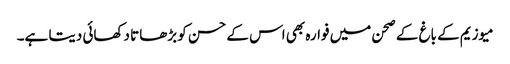
میوزیم کے باغ کے صحن میں فوارہ بھی اس کے حسن کو بڑھاتا دکھائی دیتا ہے۔